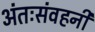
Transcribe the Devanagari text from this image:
अंतःसंवहनी